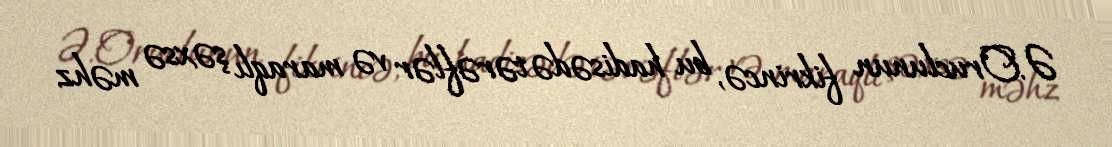
Ə.Oruclunun fikrincə, bu hadisədə tərəflər və maraqlı şəxsə məhz